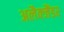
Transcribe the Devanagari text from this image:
अलैक्जैंडर